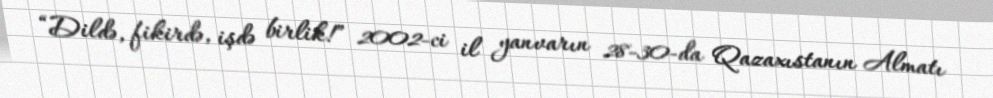
“Dildə, fikirdə, işdə birlik!” 2002-ci il yanvarın 28-30-da Qazaxıstanın Almatı